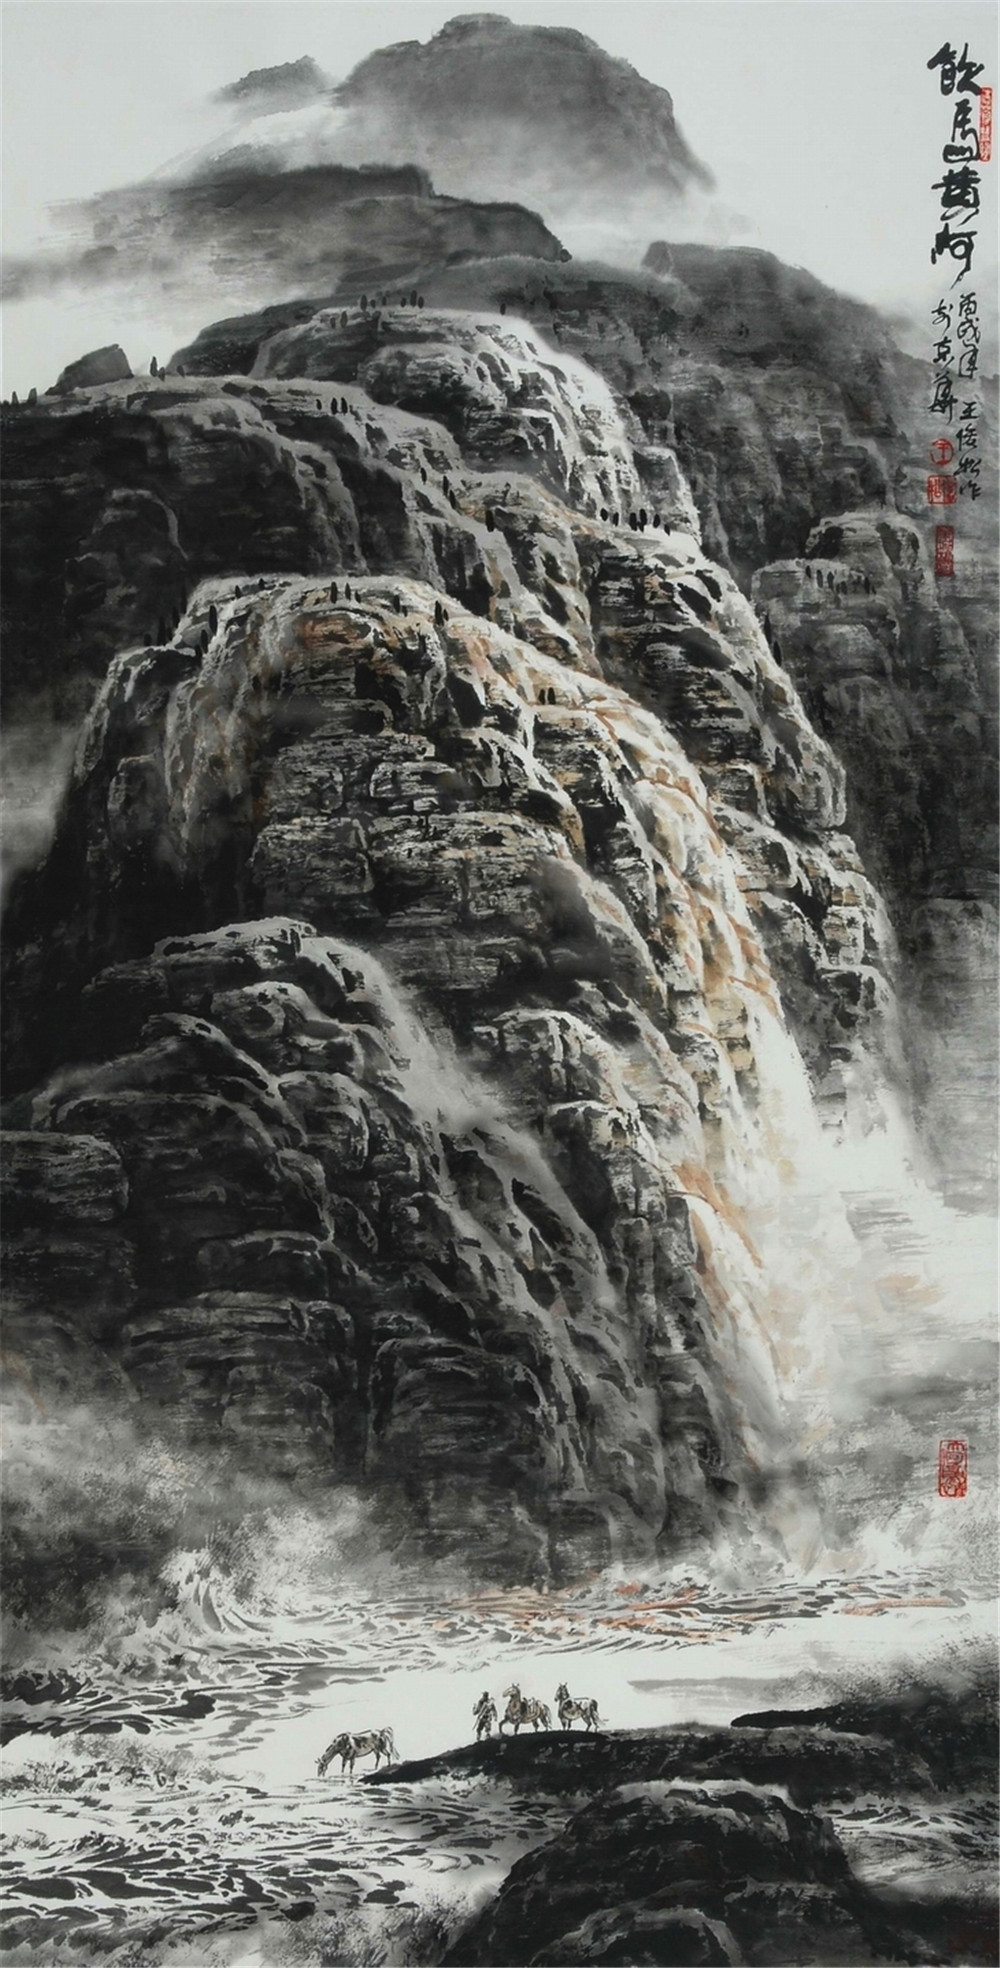
悠悠卷旆旌，饮马出长城。